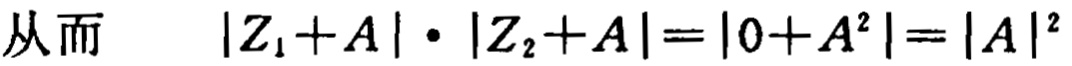
从而 \(\vert Z_{1}+A\vert\cdot\vert Z_{2}+A\vert=\vert 0 + A^{2}\vert=\vert A\vert^{2}\)